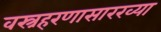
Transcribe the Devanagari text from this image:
वस्त्रहरणासारख्या